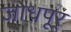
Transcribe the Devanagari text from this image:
जोधपूर्